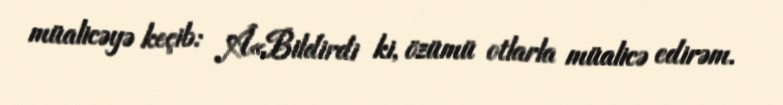
müalicəyə keçib: Â«Bildirdi ki, özümü otlarla müalicə edirəm.